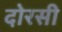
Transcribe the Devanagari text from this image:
दोरसी